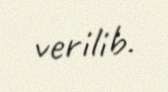
verilib.